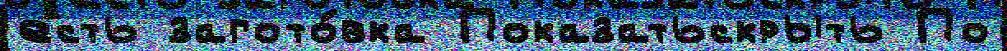
есть загото́вка Показатьскрыть По